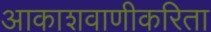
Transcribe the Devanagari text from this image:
आकाशवाणीकरिता